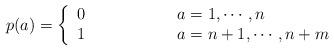
LaTeX: \begin{align*}p(a)=\left\{\begin{array}{ll} 0&\hspace{2cm}a=1,\cdots,n\\ 1&\hspace{2cm}a=n+1,\cdots,n+m\end{array}\right.\end{align*}